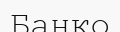
Банко